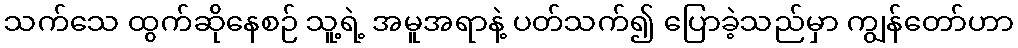
သက်သေ ထွက်ဆိုနေစဉ် သူ့ရဲ့ အမူအရာနဲ့ ပတ်သက်၍ ပြောခဲ့သည်မှာ ကျွန်တော်ဟာ